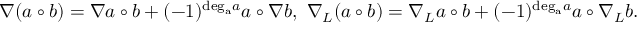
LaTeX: \nabla ( a \circ b ) = \nabla a \circ b + ( - 1 ) ^ { \mathrm { d e g _ { a } } a } a \circ \nabla b , \ \nabla _ { L } ( a \circ b ) = \nabla _ { L } a \circ b + ( - 1 ) ^ { \mathrm { d e g _ { a } } a } a \circ \nabla _ { L } b . \nonumber